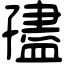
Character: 孻